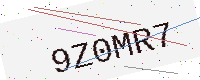
Text: 9Z0MR7